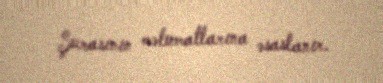
Şurasının məlumatlarına əsaslanır.